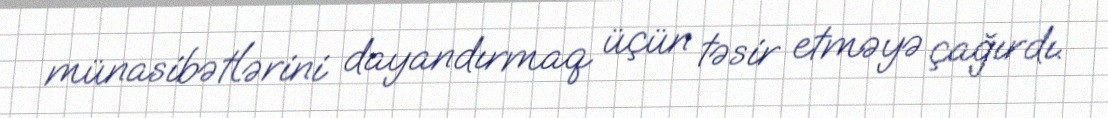
münasibətlərini dayandırmaq üçün təsir etməyə çağırdı.